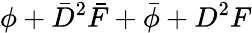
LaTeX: \phi+\bar{D}^{2}\bar{F}+\bar{\phi}+D^{2}F